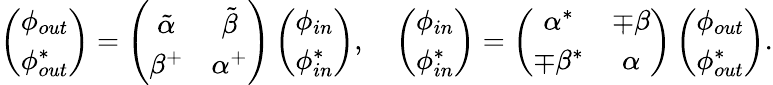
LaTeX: \left(\begin{array}{c}{{\phi_{out}}}\\ {{\phi_{out}^{*}}}\end{array}\right)=\left(\begin{array}{cc}{{\tilde{\alpha}}}&{{\tilde{\beta}}}\\ {{\beta^{+}}}&{{\alpha^{+}}}\end{array}\right)\left(\begin{array}{c}{{\phi_{in}}}\\ {{\phi_{in}^{*}}}\end{array}\right),\quad\left(\begin{array}{c}{{\phi_{in}}}\\ {{\phi_{in}^{*}}}\end{array}\right)=\left(\begin{array}{cc}{{\alpha^{*}}}&{{\mp\beta}}\\ {{\mp\beta^{*}}}&{{\alpha}}\end{array}\right)\left(\begin{array}{c}{{\phi_{out}}}\\ {{\phi_{out}^{*}}}\end{array}\right).